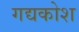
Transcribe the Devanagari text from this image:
गद्यकोश